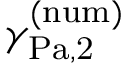
\gamma _ { \mathrm { { P a , 2 } } } ^ { \mathrm { { ( n u m ) } } }